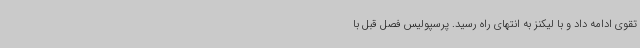
تقوی ادامه داد و با لیکنز به انتهای راه رسید. پرسپولیس فصل قبل با